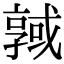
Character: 𢨊